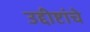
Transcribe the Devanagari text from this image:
उद्दीष्टांचे